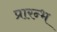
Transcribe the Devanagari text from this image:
प्रारन्भ